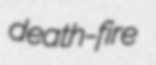
death-fire